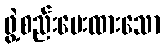
ဖွဲ့စည်းပေးထားသော